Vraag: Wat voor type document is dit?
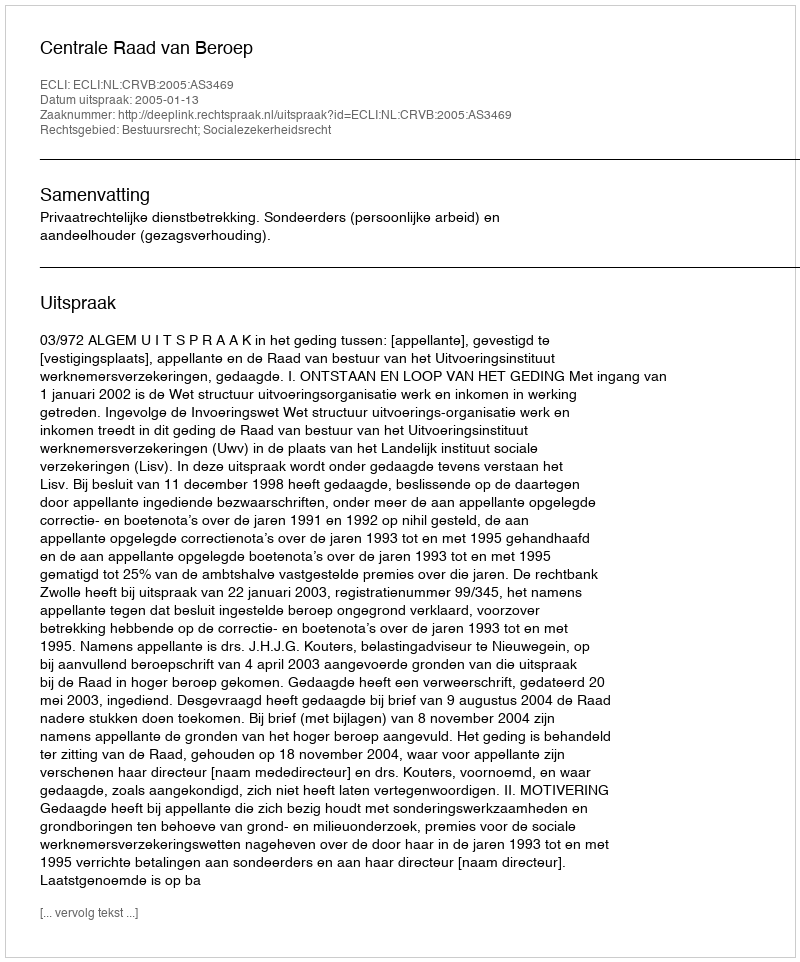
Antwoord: Uitspraak